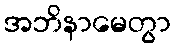
အဘိနာမေတွာ